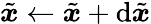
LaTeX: \tilde{{\boldsymbol{x}}}\gets\tilde{{\boldsymbol{x}}}+\mathrm{d}\tilde{{\boldsymbol{x}}}